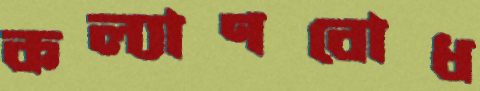
কল্যাণবোধ